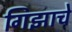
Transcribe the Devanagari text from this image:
गिझाचे